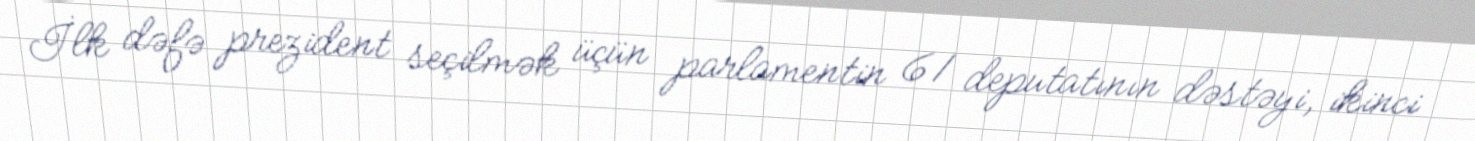
İlk dəfə prezident seçilmək üçün parlamentin 61 deputatının dəstəyi, ikinci